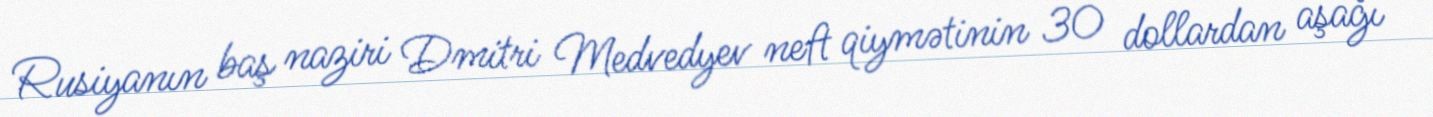
Rusiyanın baş naziri Dmitri Medvedyev neft qiymətinin 30 dollardan aşağı